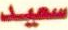
سعيد